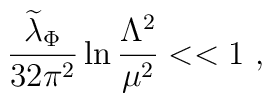
{{\widetilde \lambda}_\Phi \over 32 \pi^2} \ln {\Lambda^2 \over \mu^2} << 1~,